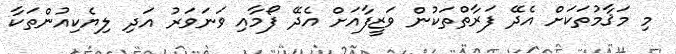
މި މަޤާމުތަކަށް އެދޭ ފަރާތްތަކުން ވަޒީފާއަށް އެދޭ ފޯމާއި ވަނަވަރު އަދި ލިޔެކިއުންތަކާ